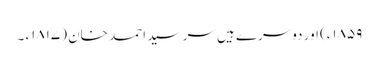
۱۸۵۹ء) اور دوسرے ہیں سر سید احمد خان (۱۸۱۷ء ۔